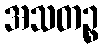
အသတဉ္စ